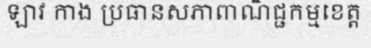
ឡាវ កាង ប្រធានសភាពាណិជ្ជកម្មខេត្ត